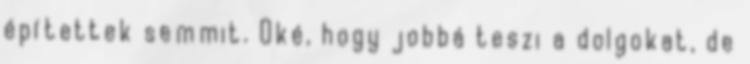
építettek semmit. Oké, hogy jobbá teszi a dolgokat, de